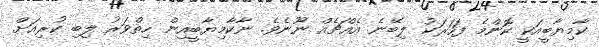
ކާމިޔާބީއަކީ ކޮންމެ ފަހަރަކު ލިބޭނެ އެއްޗެއް ނޫނެވެ. ނާކާމިޔާބީއިން ހިތްވަރު ލިބި ކުރިއަށް